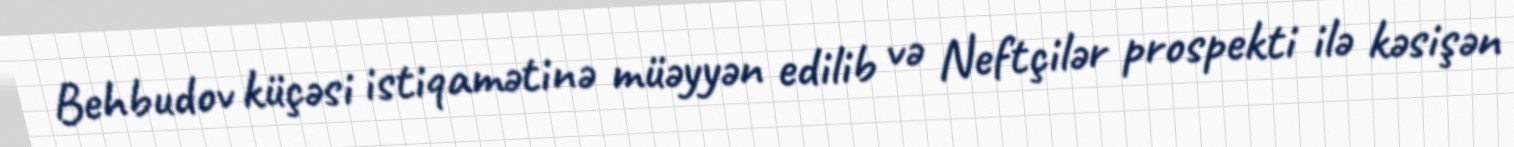
Behbudov küçəsi istiqamətinə müəyyən edilib və Neftçilər prospekti ilə kəsişən